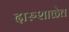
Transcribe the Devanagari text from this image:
दारुशाळेत